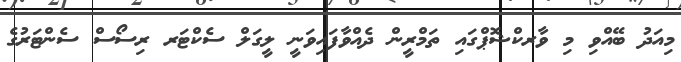
މިއަދު ބޭއްވި މި ވާރކްޝޮޕްގައި ތަމްރީން ދެއްވާފައިވަނީ ލީގަލް ސެކްޓަރ ރިސޯސް ސެންޓަރުގެ